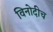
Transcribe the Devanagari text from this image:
विनोदीच